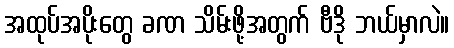
အထုပ်အပိုးတွေ ခဏ သိမ်းဖို့အတွက် ဗီဒို ဘယ်မှာလဲ။